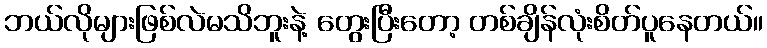
ဘယ်လိုများဖြစ်လဲမသိဘူးနဲ့ တွေးပြီးတော့ တစ်ချိန်လုံးစိတ်ပူနေတယ်။